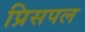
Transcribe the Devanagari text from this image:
प्रिसपल